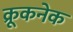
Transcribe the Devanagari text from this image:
क्रूकनेक